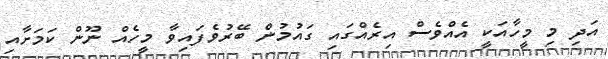
އަދި މި މީހާއަކީ އެއްވެސް އިރެއްގައި ގައުމުން ބޭރުވެފައިވާ މީހެއް ނޫން ކަމަށާއި